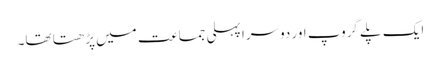
ایک پلے گروپ اور دوسرا پہلی جماعت میں پڑھتا تھا۔